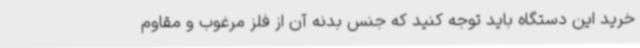
خرید این دستگاه باید توجه کنید که جنس بدنه آن از فلز مرغوب و مقاوم